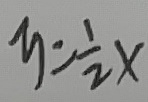
y = \frac { 1 } { 2 }